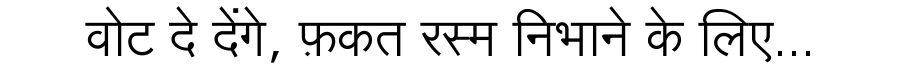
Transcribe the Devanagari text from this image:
वोट दे देंगे, फ़कत रस्म निभाने के लिए...